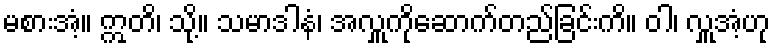
မစားအံ့။ ဣတိ၊ သို့။ သမာဒါနံ၊ အလှူကိုဆောက်တည်ခြင်းကိ။ ဝါ၊ လှူအံ့ဟု